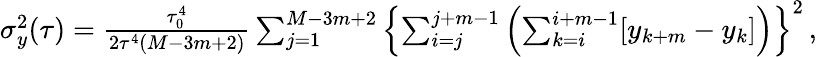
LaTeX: \begin{array}{r}{\sigma_{y}^{2}(\tau)=\frac{\tau_{0}^{4}}{2\tau^{4}(M-3m+2)}\sum_{j=1}^{M-3m+2}\left\{ \sum_{i=j}^{j+m-1}\left(\sum_{k=i}^{i+m-1}[y_{k+m}-y_{k}]\right)\right\} ^{2}\, ,}\end{array}